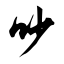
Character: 吵